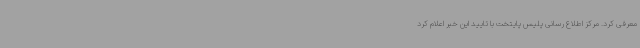
معرفی کرد. مرکز اطلاع رسانی پلیس پایتخت با تایید این خبر اعلام کرد